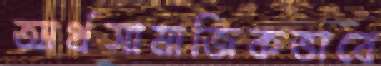
আর্থসামাজিকভাবে